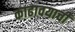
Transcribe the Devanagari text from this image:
काढावयाची